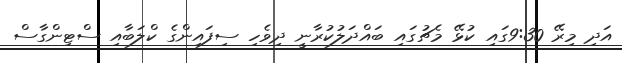
އަދި މިރޭ 9:30ގައި ކުޅޭ މެޗުގައި ބައްދަލުކުރާނީ ދިވެހި ސިފައިންގެ ކްލަބާއި ސްޓިންގާސް